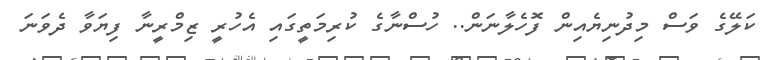
ކަލޭގެ ވަސް މިދުނިޔެއިން ފޮހެލާނަން.. ހުސްނާގެ ކުރިމަތީގައި އެހުރީ ޒިމްރީނާ ފިޔަވާ ދެވަނަ